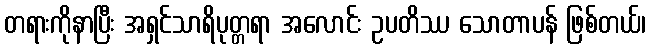
တရားကိုနာပြီး အရှင်သာရိပုတ္တရာ အလောင်း ဥပတိဿ သောတာပန် ဖြစ်တယ်၊